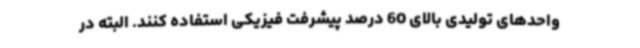
واحدهای تولیدی بالای 60 درصد پیشرفت فیزیکی استفاده کنند. البته در